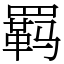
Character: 羁